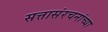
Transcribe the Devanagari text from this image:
सत्तासंरचनांच्या